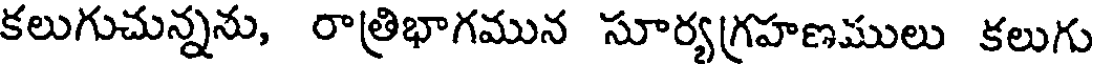
కలుగుచున్నను, రాత్రిభాగమున సూర్యగ్రహణములు కలుగు